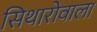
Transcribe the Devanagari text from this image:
सिथारोवाला